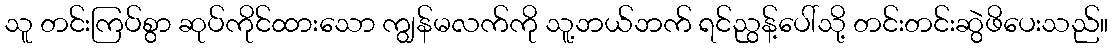
သူ တင်းကြပ်စွာ ဆုပ်ကိုင်ထားသော ကျွန်မလက်ကို သူ့ဘယ်ဘက် ရင်ညွန့်ပေါ်သို့ တင်းတင်းဆွဲဖိပေးသည်။